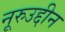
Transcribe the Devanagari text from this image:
नूरुउद्दीन